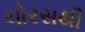
ચોરસથી